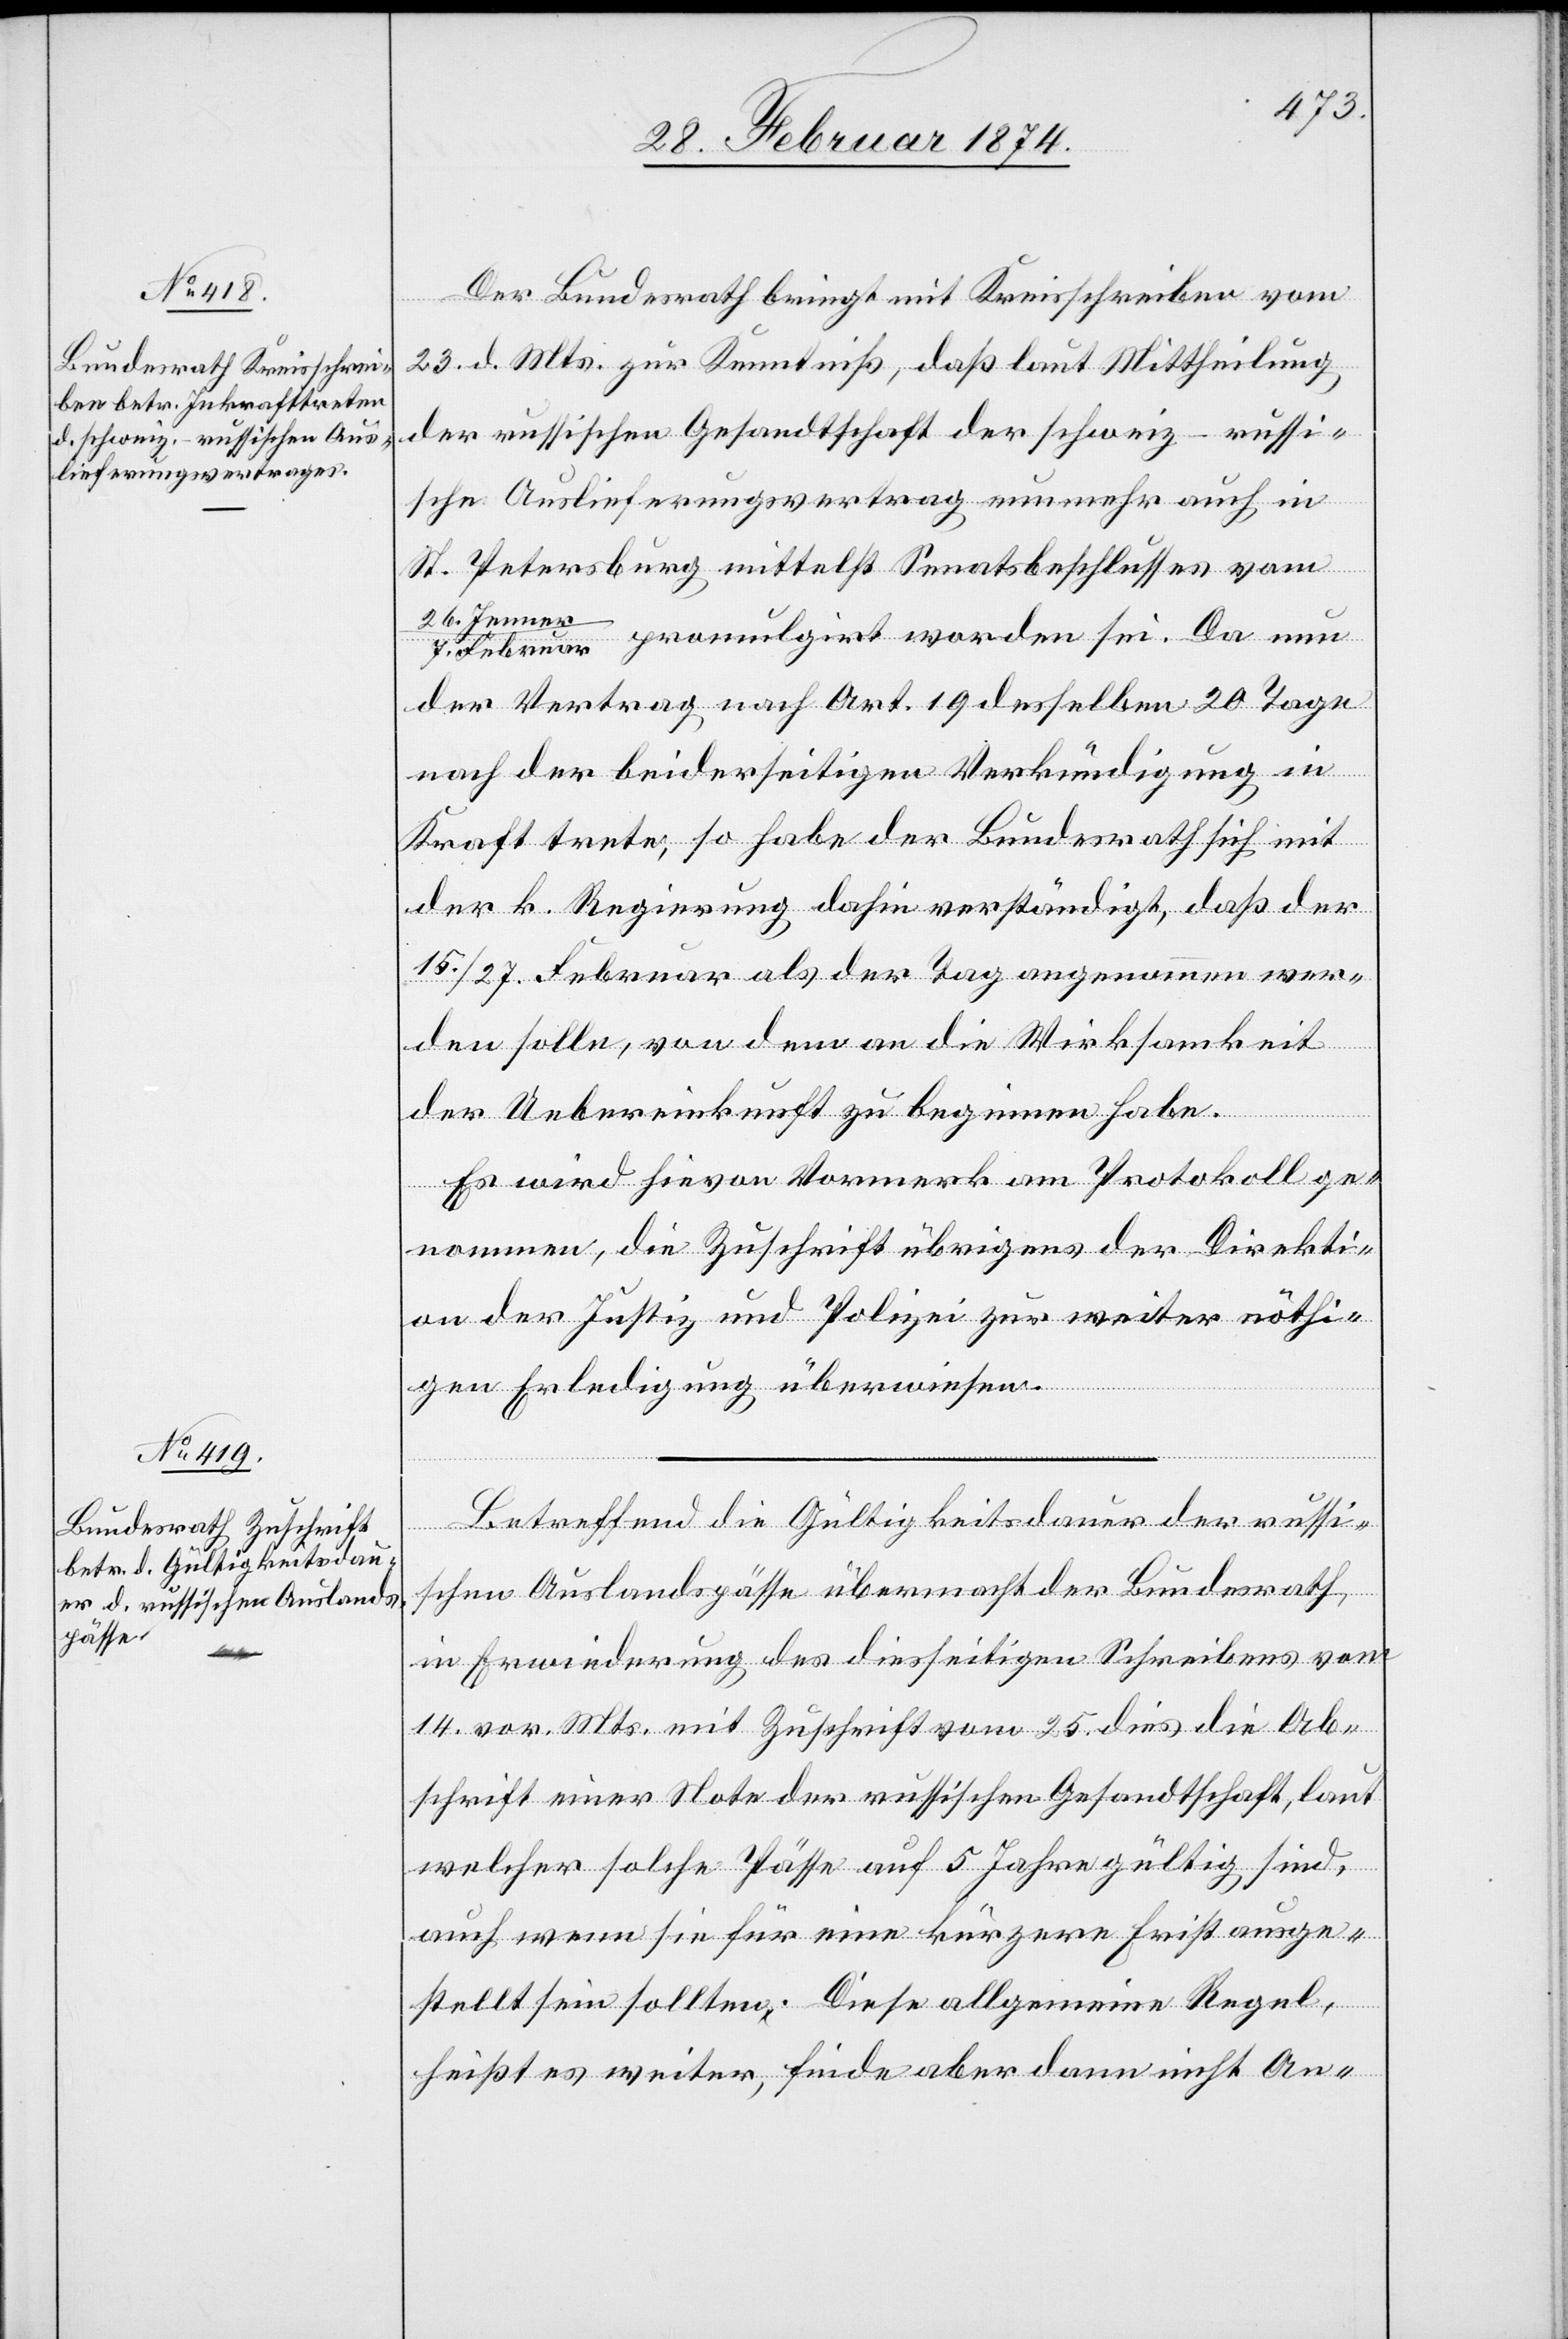
Der Bundesrath bringt mit Kreisschreiben vom
23. d. Mts. zur Kenntniß, daß laut Mittheilung
der russischen Gesandtschaft der schweiz-russi¬
sche Auslieferungsvertrag nunmehr auch in
St. Petersburg mittelst Senatsbeschlusses vom
26. Jenner
7. Februar promulgirt worden sei. Da nun
der Vertrag nach Art. 19 desselben 20 Tage
nach der beiderseitigen Verkündigung in
Kraft trete, so habe der Bundesrath sich mit
der k. Regierung dahin verständigt, daß der
15./27. Februar als der Tag angenommen wer¬
den solle, von dem an die Wirksamkeit
der Uebereinkunft zu beginnen habe.
Es wird hievon Vormerk am Protokoll ge¬
nommen, die Zuschrift übrigens der Direkti¬
on der Justiz und Polizei zur weiter nöthi¬
gen Erledigung überwiesen.
Betreffend die Gültigkeitsdauer der russi¬
schen Auslandspässe übermacht der Bundesrath,
in Erwiederung des diesseitigen Schreibens vom
14. vor. Mts. mit Zuschrift vom 25. dies die Ab¬
schrift einer Note der russischen Gesandtschaft, laut
welcher solche Pässe auf 5 Jahre gültig sind,
auch wenn sie für eine kürzere Frist ausge¬
stellt sein sollten. Diese allgemeine Regel,
heißt es weiter, finde aber dann nicht An-